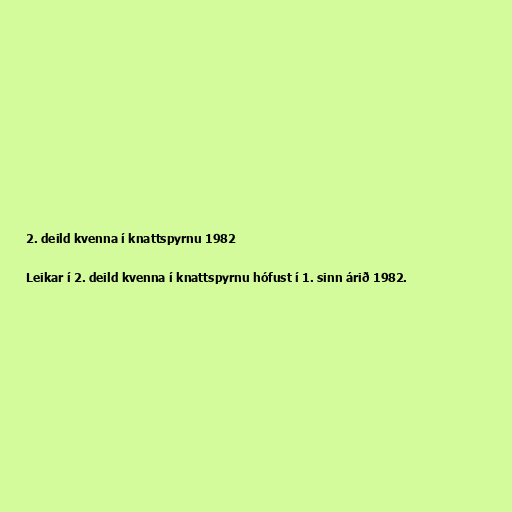
2. deild kvenna í knattspyrnu 1982

Leikar í 2. deild kvenna í knattspyrnu hófust í 1. sinn árið 1982.